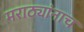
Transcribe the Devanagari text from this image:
मराठ्यांनाच